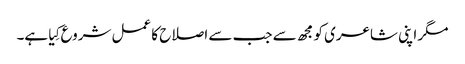
مگر اپنی شاعری کو مجھ سے جب سے اصلاح کا عمل شروع کِیا ہے۔